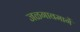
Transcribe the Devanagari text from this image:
जळगावमार्गे